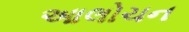
આલોચન